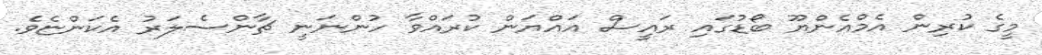
މީގެ ކުރިން އެމްއެންޔޫ ބޯޑުގައި ރައީސް އައްޔަން ކުރައްވާ ހުންނަނީ ޗާންސެލަރު އެކަންޏެވެ.